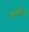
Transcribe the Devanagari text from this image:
भारवीला